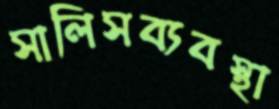
সালিসব্যবস্থা